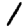
Digit: 1